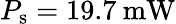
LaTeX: P_{\mathrm{s}}=19.7\: \mathrm{mW}